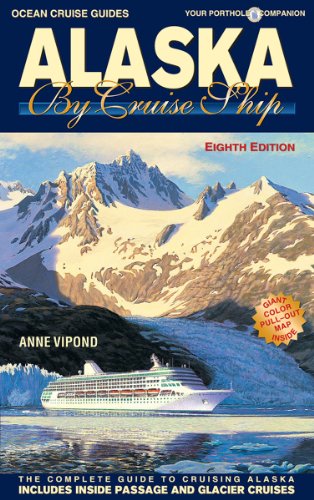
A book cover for Alaska By Cruise Ship - 8th Edition; Anne Vipond; Travel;